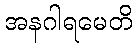
အနဂါရမေတိ